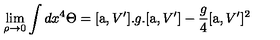
\lim _ { \rho \to 0 } \int d x ^ { 4 } \Theta = [ \mathrm { \Large a } , V ^ { \prime } ] . g . [ \mathrm { \Large a } , V ^ { \prime } ] - \frac { g } { 4 } [ \mathrm { \Large a } , V ^ { \prime } ] ^ { 2 }